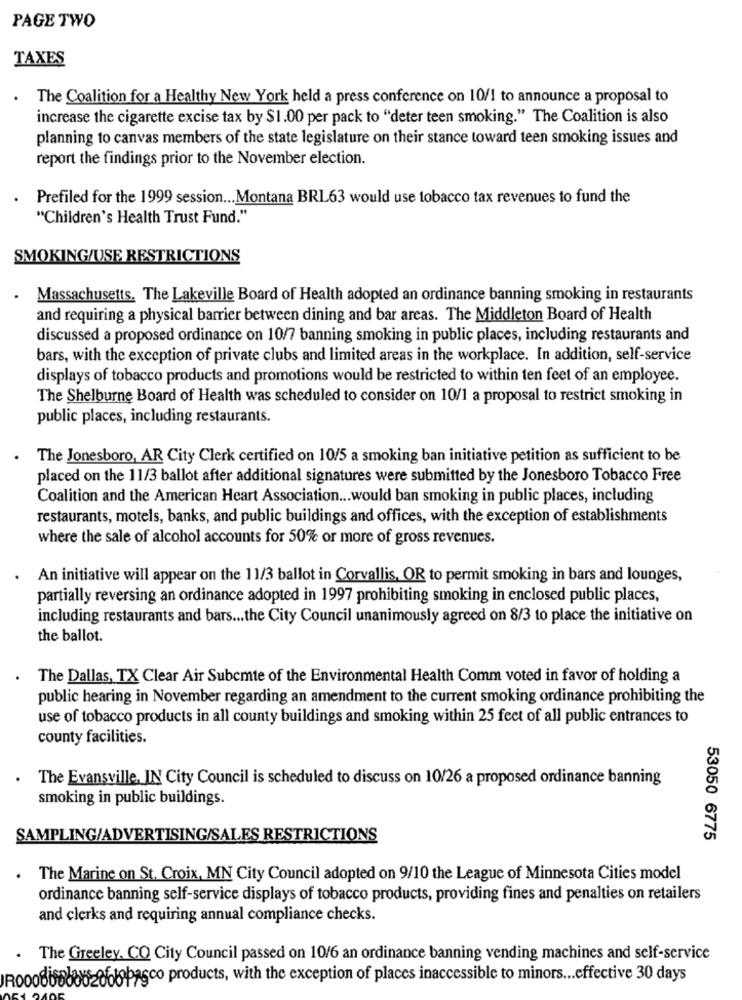
PAGE TWO
TAXES
. The Coalition for a Healthy New York held a press conference on 10/1 to announce a proposal to
increase the cigarette excise tax by $1.00 per pack to "deter teen smoking." The Coalition is also
planning to canvas members of the state legislature on their stance toward teen smoking issues and
report the findings prior to the November election.
Prefiled for the 1999 session ... Montana BRL63 would use tobacco tax revenues to fund the
"Children's Health Trust Fund."
SMOKING/USE RESTRICTIONS
. Massachusetts. The Lakeville Board of Health adopted an ordinance banning smoking in restaurants
and requiring a physical barrier between dining and bar areas. The Middleton Board of Health
discussed a proposed ordinance on 10/7 banning smoking in public places, including restaurants and
bars, with the exception of private clubs and limited areas in the workplace. In addition, self-service
displays of tobacco products and promotions would be restricted to within ten feet of an employee.
The Shelburne Board of Health was scheduled to consider on 10/1 a proposal to restrict smoking in
public places, including restaurants.
The Jonesboro, AR City Clerk certified on 10/5 a smoking ban initiative petition as sufficient to be
placed on the 11/3 ballot after additional signatures were submitted by the Jonesboro Tobacco Free
Coalition and the American Heart Association ... would ban smoking in public places, including
restaurants, motels, banks, and public buildings and offices, with the exception of establishments
where the sale of alcohol accounts for 50% or more of gross revenues.
An initiative will appear on the 11/3 ballot in Corvallis, OR to permit smoking in bars and lounges,
partially reversing an ordinance adopted in 1997 prohibiting smoking in enclosed public places,
including restaurants and bars ... the City Council unanimously agreed on 8/3 to place the initiative on
the ballot.
The Dallas, TX Clear Air Subcmte of the Environmental Health Comm voted in favor of holding a
public hearing in November regarding an amendment to the current smoking ordinance prohibiting the
use of tobacco products in all county buildings and smoking within 25 feet of all public entrances to
county facilities.
The Evansville, IN City Council is scheduled to discuss on 10/26 a proposed ordinance banning
smoking in public buildings.
SAMPLING/ADVERTISING/SALES RESTRICTIONS
53050 6775
The Marine on St. Croix, MN City Council adopted on 9/10 the League of Minnesota Cities model
ordinance banning self-service displays of tobacco products, providing fines and penalties on retailers
and clerks and requiring annual compliance checks.
The Greeley. CO City Council passed on 10/6 an ordinance banning vending machines and self-service
asco products, with the exception of places inaccessible to minors ... effective 30 days